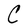
Character: C